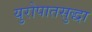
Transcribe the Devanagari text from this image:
युरोपातसुद्धा